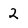
Character: 2